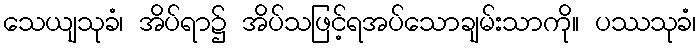
သေယျသုခံ၊ အိပ်ရာ၌ အိပ်သဖြင့်ရအပ်သောချမ်းသာကို။ ပဿသုခံ၊